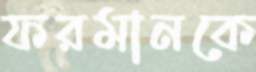
ফরমানকে